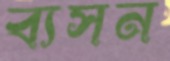
ব্যসন